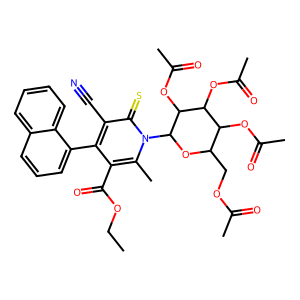
SMILES: CCOC(=O)c1c(-c2cccc3ccccc23)c(C#N)c(=S)n(C2OC(COC(C)=O)C(OC(C)=O)C(OC(C)=O)C2OC(C)=O)c1C
Inhibits HIV replication: No